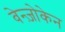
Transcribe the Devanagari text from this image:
वेन्ज़ोकेन